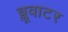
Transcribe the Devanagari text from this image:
ब्लूवाटर